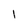
Character: 1